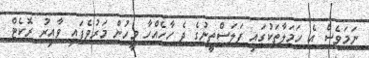
ނަމަވެސް އެ ހަމަލާތަކުގައި ފަލަސްތީނުގެ ދެ ހާހެއްހާ މީހުން މަރުވެފައި ވާއިރު ރޮކެޓް